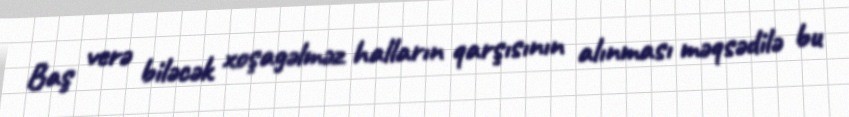
Baş verə biləcək xoşagəlməz halların qarşısının alınması məqsədilə bu